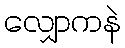
လျှောကနဲ